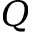
Q